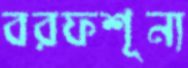
বরফশূন্য